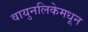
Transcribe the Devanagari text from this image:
वायुनलिकेमधून